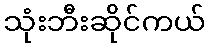
သုံးဘီးဆိုင်ကယ်